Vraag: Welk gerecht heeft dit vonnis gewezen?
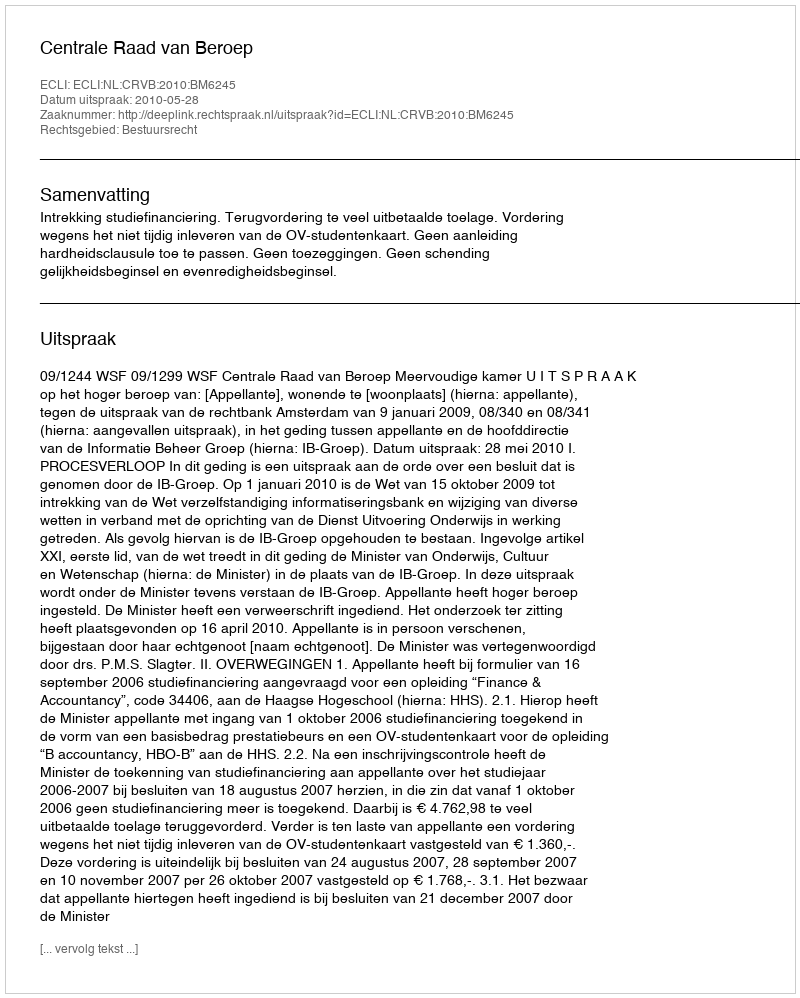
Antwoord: Centrale Raad van Beroep